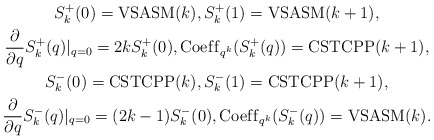
\begin{gather*}S_k^{+}(0)={\rm VSASM}(k), S_k^{+}(1)={\rm VSASM}(k+1), \\{\partial \over \partial q} S_k^{+}(q) \vert_{q=0}= 2k S_{k}^{+}(0),{\rm Coef\/f}_{q^{k}}(S_k^{+}(q) )={\rm CSTCPP}(k+1),\\S_k^{-}(0)={\rm CSTCPP}(k), S_k^{-}(1)={\rm CSTCPP}(k+1), \\{\partial \over \partial q} S_k^{-}(q) \vert_{q=0}= (2k-1) S_{k}^{-}(0),{\rm Coef\/f}_{q^{k}} (S_k^{-}(q) )={\rm VSASM}(k).\end{gather*}